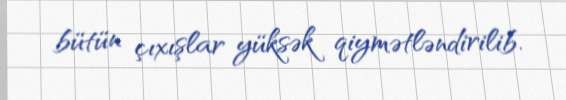
bütün çıxışlar yüksək qiymətləndirilib.